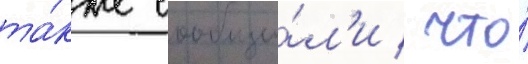
та́кже сообщи́л'и / что́